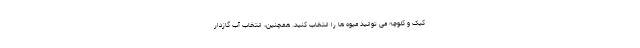
کیک و کلوچه می توانید میوه ها را انتخاب کنید. همچنین، انتخاب آب گازدار